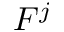
F ^ { j }